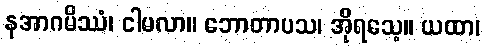
နအာဂမိဿံ၊ ငါမလာ။ ဘောတာပသ၊ အိုရသေ့။ ယထာ၊